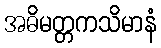
အဓိမတ္တကသိမာနံ